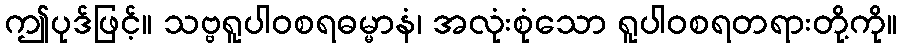
ဤပုဒ်ဖြင့်။ သဗ္ဗရူပါဝစရဓမ္မာနံ၊ အလုံးစုံသော ရူပါဝစရတရားတို့ကို။